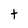
Character: t